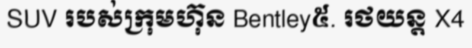
SUV របស់ក្រុមហ៊ុន Bentley៥. រថយន្ត X4